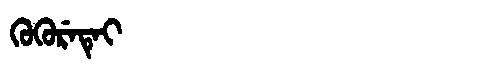
Manchu: ᡴᡠᡴᡠᡵᡝᡨᡝᡳ
Romanization: KUKURETEI